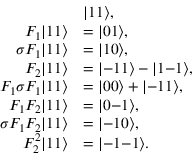
\begin{array} { r l } & { | 1 1 \rangle , } \\ { F _ { 1 } | 1 1 \rangle } & { = | 0 1 \rangle , } \\ { \sigma F _ { 1 } | 1 1 \rangle } & { = | 1 0 \rangle , } \\ { F _ { 2 } | 1 1 \rangle } & { = | \mathrm { - } 1 1 \rangle - | 1 \mathrm { - } 1 \rangle , } \\ { F _ { 1 } \sigma F _ { 1 } | 1 1 \rangle } & { = | 0 0 \rangle + | \mathrm { - } 1 1 \rangle , } \\ { F _ { 1 } F _ { 2 } | 1 1 \rangle } & { = | 0 \mathrm { - } 1 \rangle , } \\ { \sigma F _ { 1 } F _ { 2 } | 1 1 \rangle } & { = | \mathrm { - } 1 0 \rangle , } \\ { F _ { 2 } ^ { 2 } | 1 1 \rangle } & { = | \mathrm { - } 1 \mathrm { - } 1 \rangle . } \end{array}